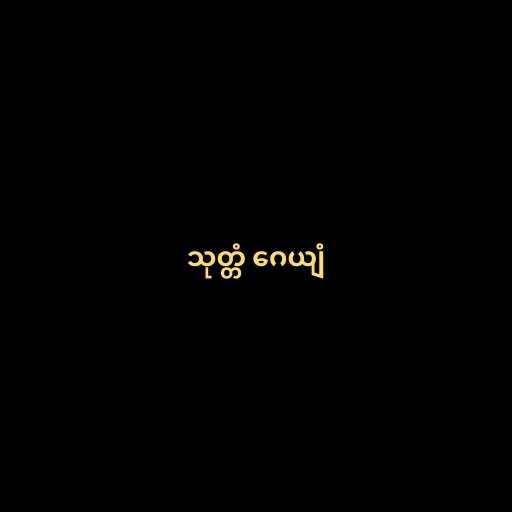
သုတ္တံ ဂေယျံ